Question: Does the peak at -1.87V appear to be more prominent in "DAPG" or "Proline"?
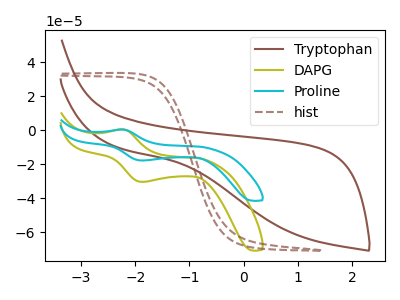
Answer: <think>The brown curve "Tryptophan" has no peaks. The olive curve "DAPG" has an anodic peak at (-2.25V, 0.55uA) and a cathodic peak at (-1.85V, -30.35uA). The cyan curve "Proline" has an anodic peak at (-2.25V, 0.35uA) and a cathodic peak at (-1.85V, -17.80uA). The brown dashed curve "hist" has no peaks.</think>
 <answer>The peak at -1.87V is higher in "DAPG" than in "Proline".</answer>
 <eval>higher</eval>